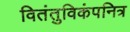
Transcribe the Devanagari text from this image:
वितंतुविकंपनित्र